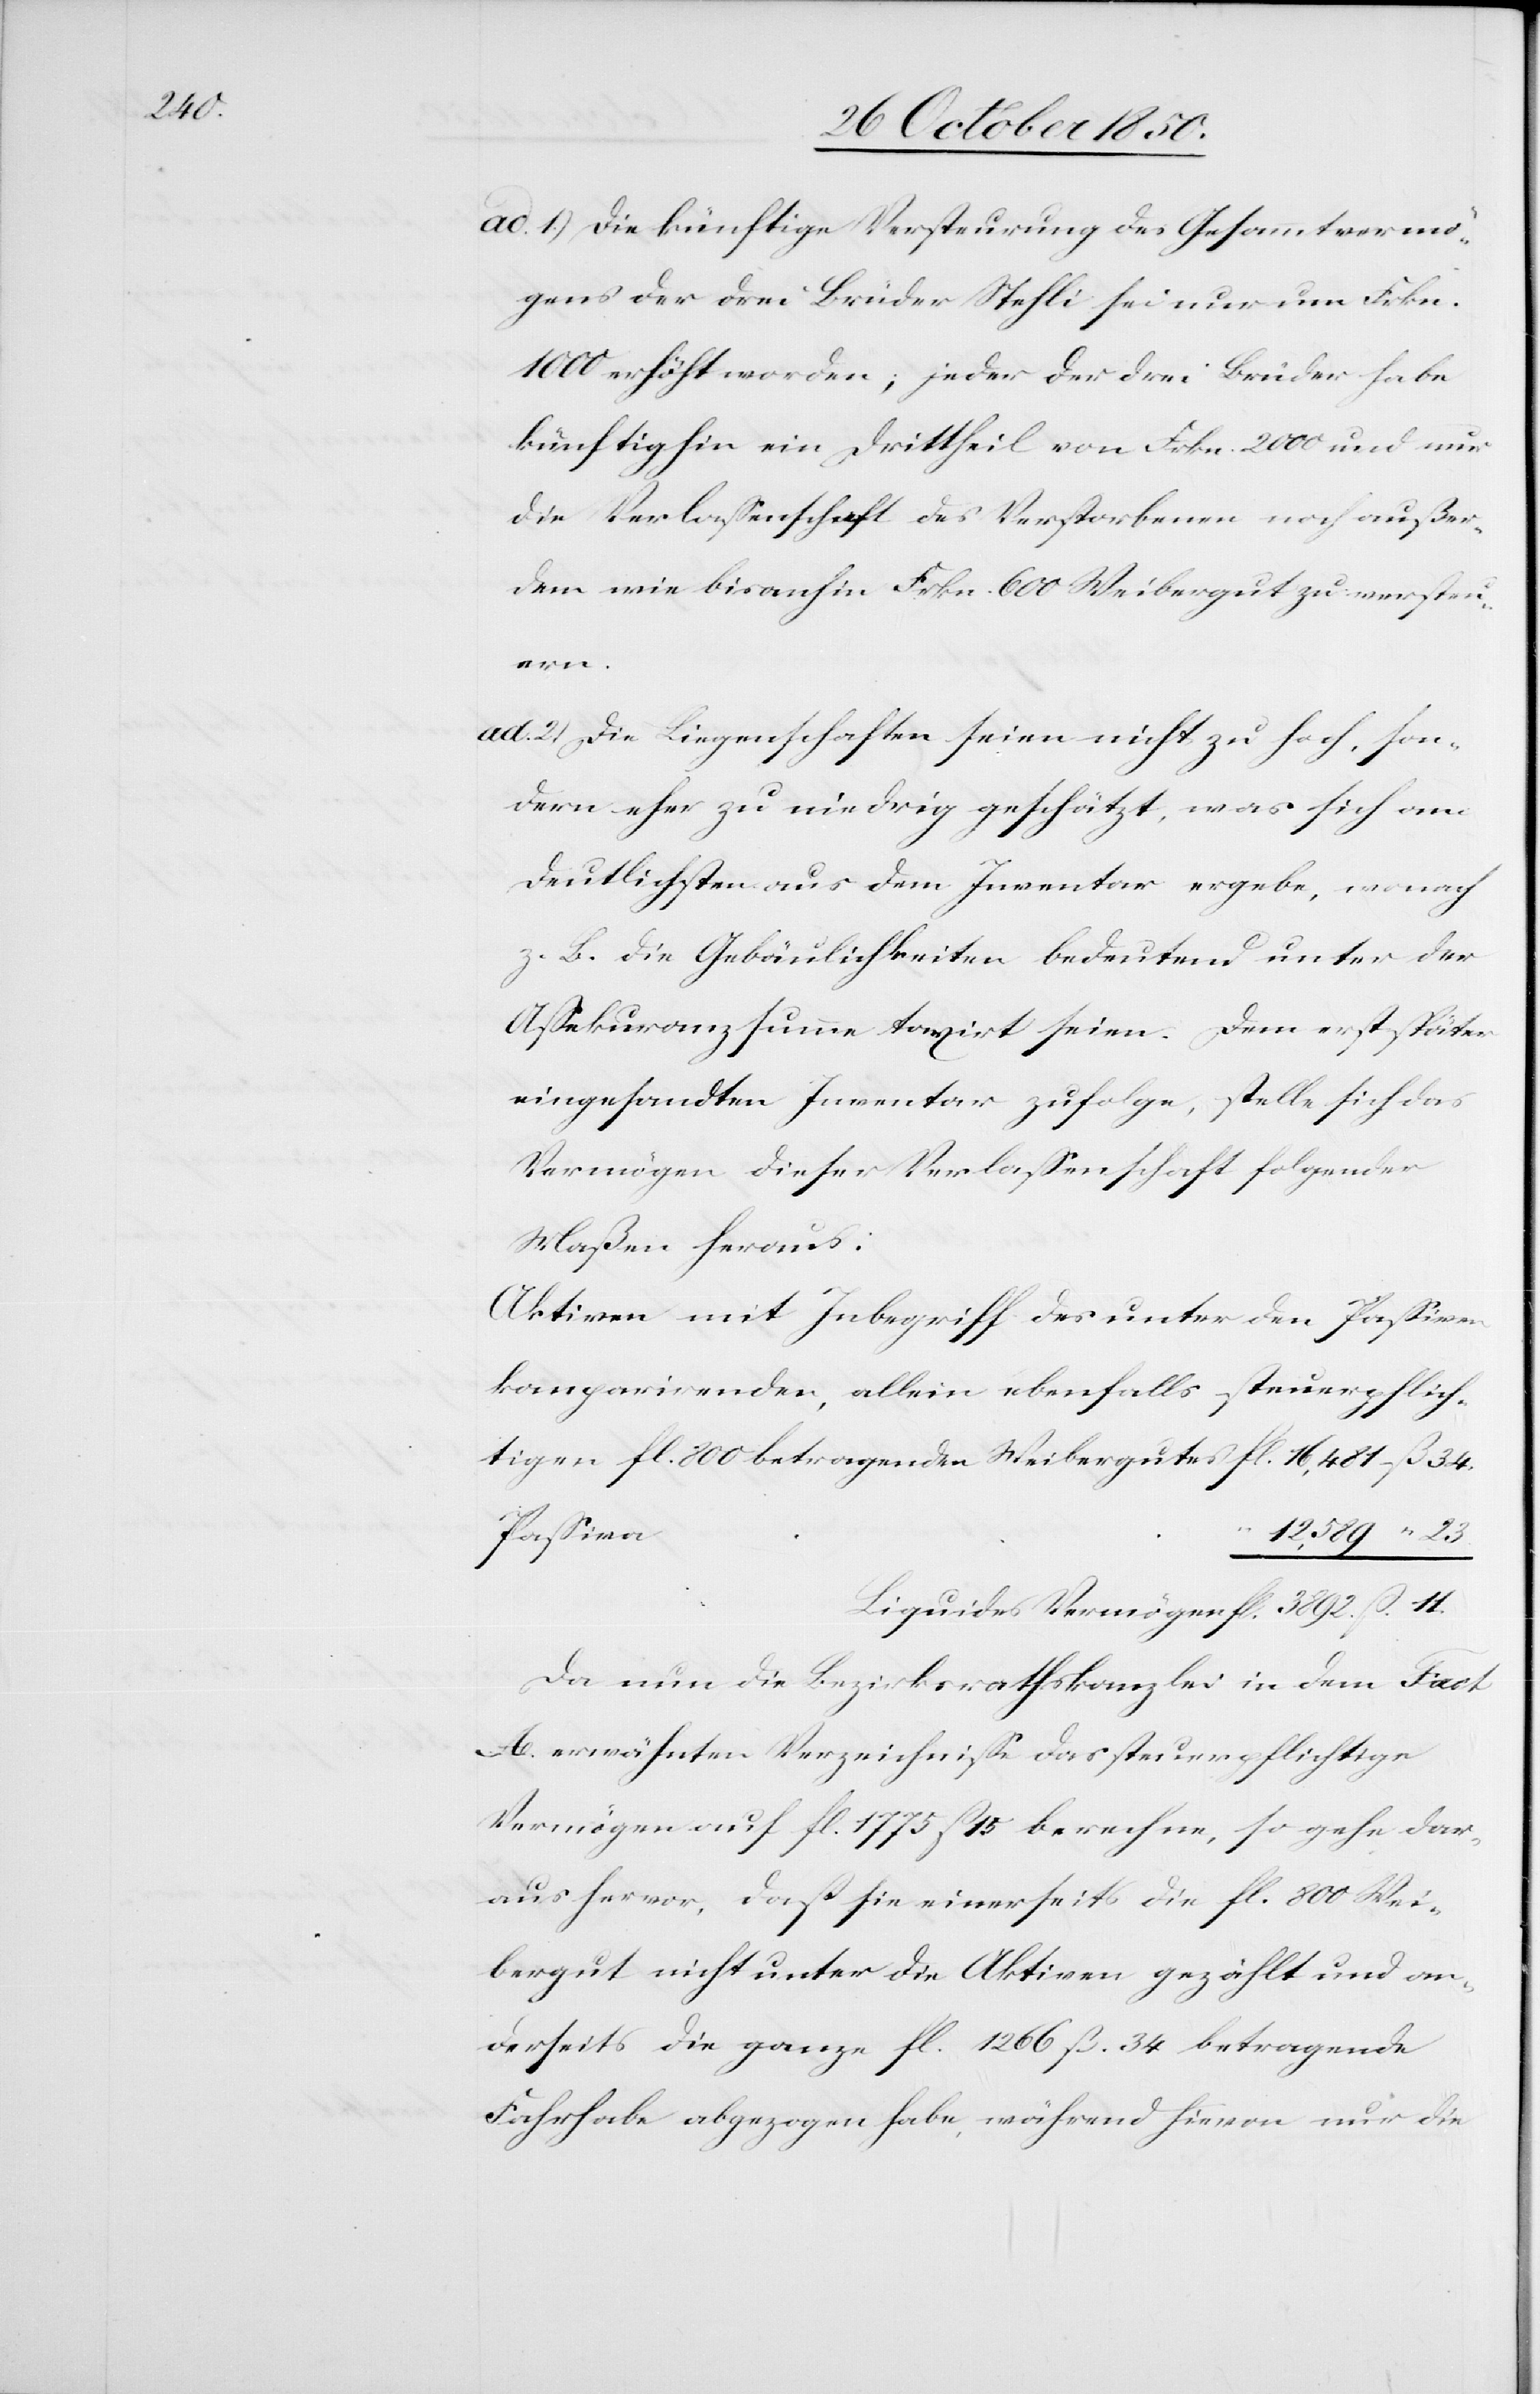
ad. 1.) Die künftige Versteurung des Gesammtvermö¬
gens der drei Brüder Stehli sei nur um Frkn.
1000 erhöht worden; jeder der drei Brüder habe
künftighin ein Drittheil von Frkn. 2000 und nur
die Verlassenschaft des Verstorbenen noch außer¬
dem wie bisanhin Frkn. 600 Weibergut zu versteu¬
steuerpflich¬
ad. 2) Die Liegenschaften seien nicht zu hoch, son¬
dern eher zu niedrig geschätzt, was sich am
deutlichsten aus dem Inventar ergebe, wonach
z. B. die Gebäulichkeiten bedeutend unter der
Assekuranzsumme taxirt seien. Dem erst später
eingesandten Inventar zufolge, stelle sich das
Vermögen dieser Verlassenschaft folgender
Maßen heraus:
Aktiven mit Inbegriff des unter den Passiven
tigen fl. 800 betragenden Weibergutes	fl. 16,481 ß 34.
12,589 “ 23.
Liquides Vermögen	fl. 3892 ß 11.
Da nun die Bezirksrathskanzlei in dem Fact
A erwähnten Verzeichnisse das steuerpflichtige
Vermögen auf fl. 1775 ß 15 berechne, so gehe dar¬
aus hervor, dass sie einerseits die fl. 800 Wei¬
bergut nicht unter die Aktiven gezählt und an¬
derseits die ganze fl. 1266 ß. 34 betragende
Fahrhabe abgezogen habe, während hievon nur die